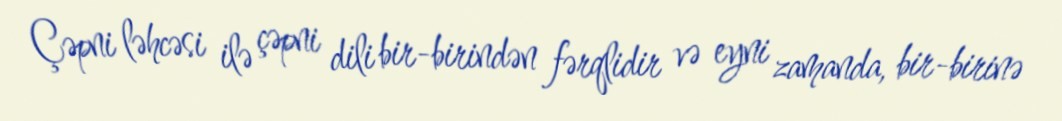
Çəpni ləhcəsi ilə çəpni dili bir-birindən fərqlidir və eyni zamanda, bir-birinə